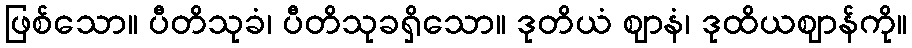
ဖြစ်သော။ ပီတိသုခံ၊ ပီတိသုခရှိသော။ ဒုတိယံ ဈာနံ၊ ဒုထိယဈာန်ကို။